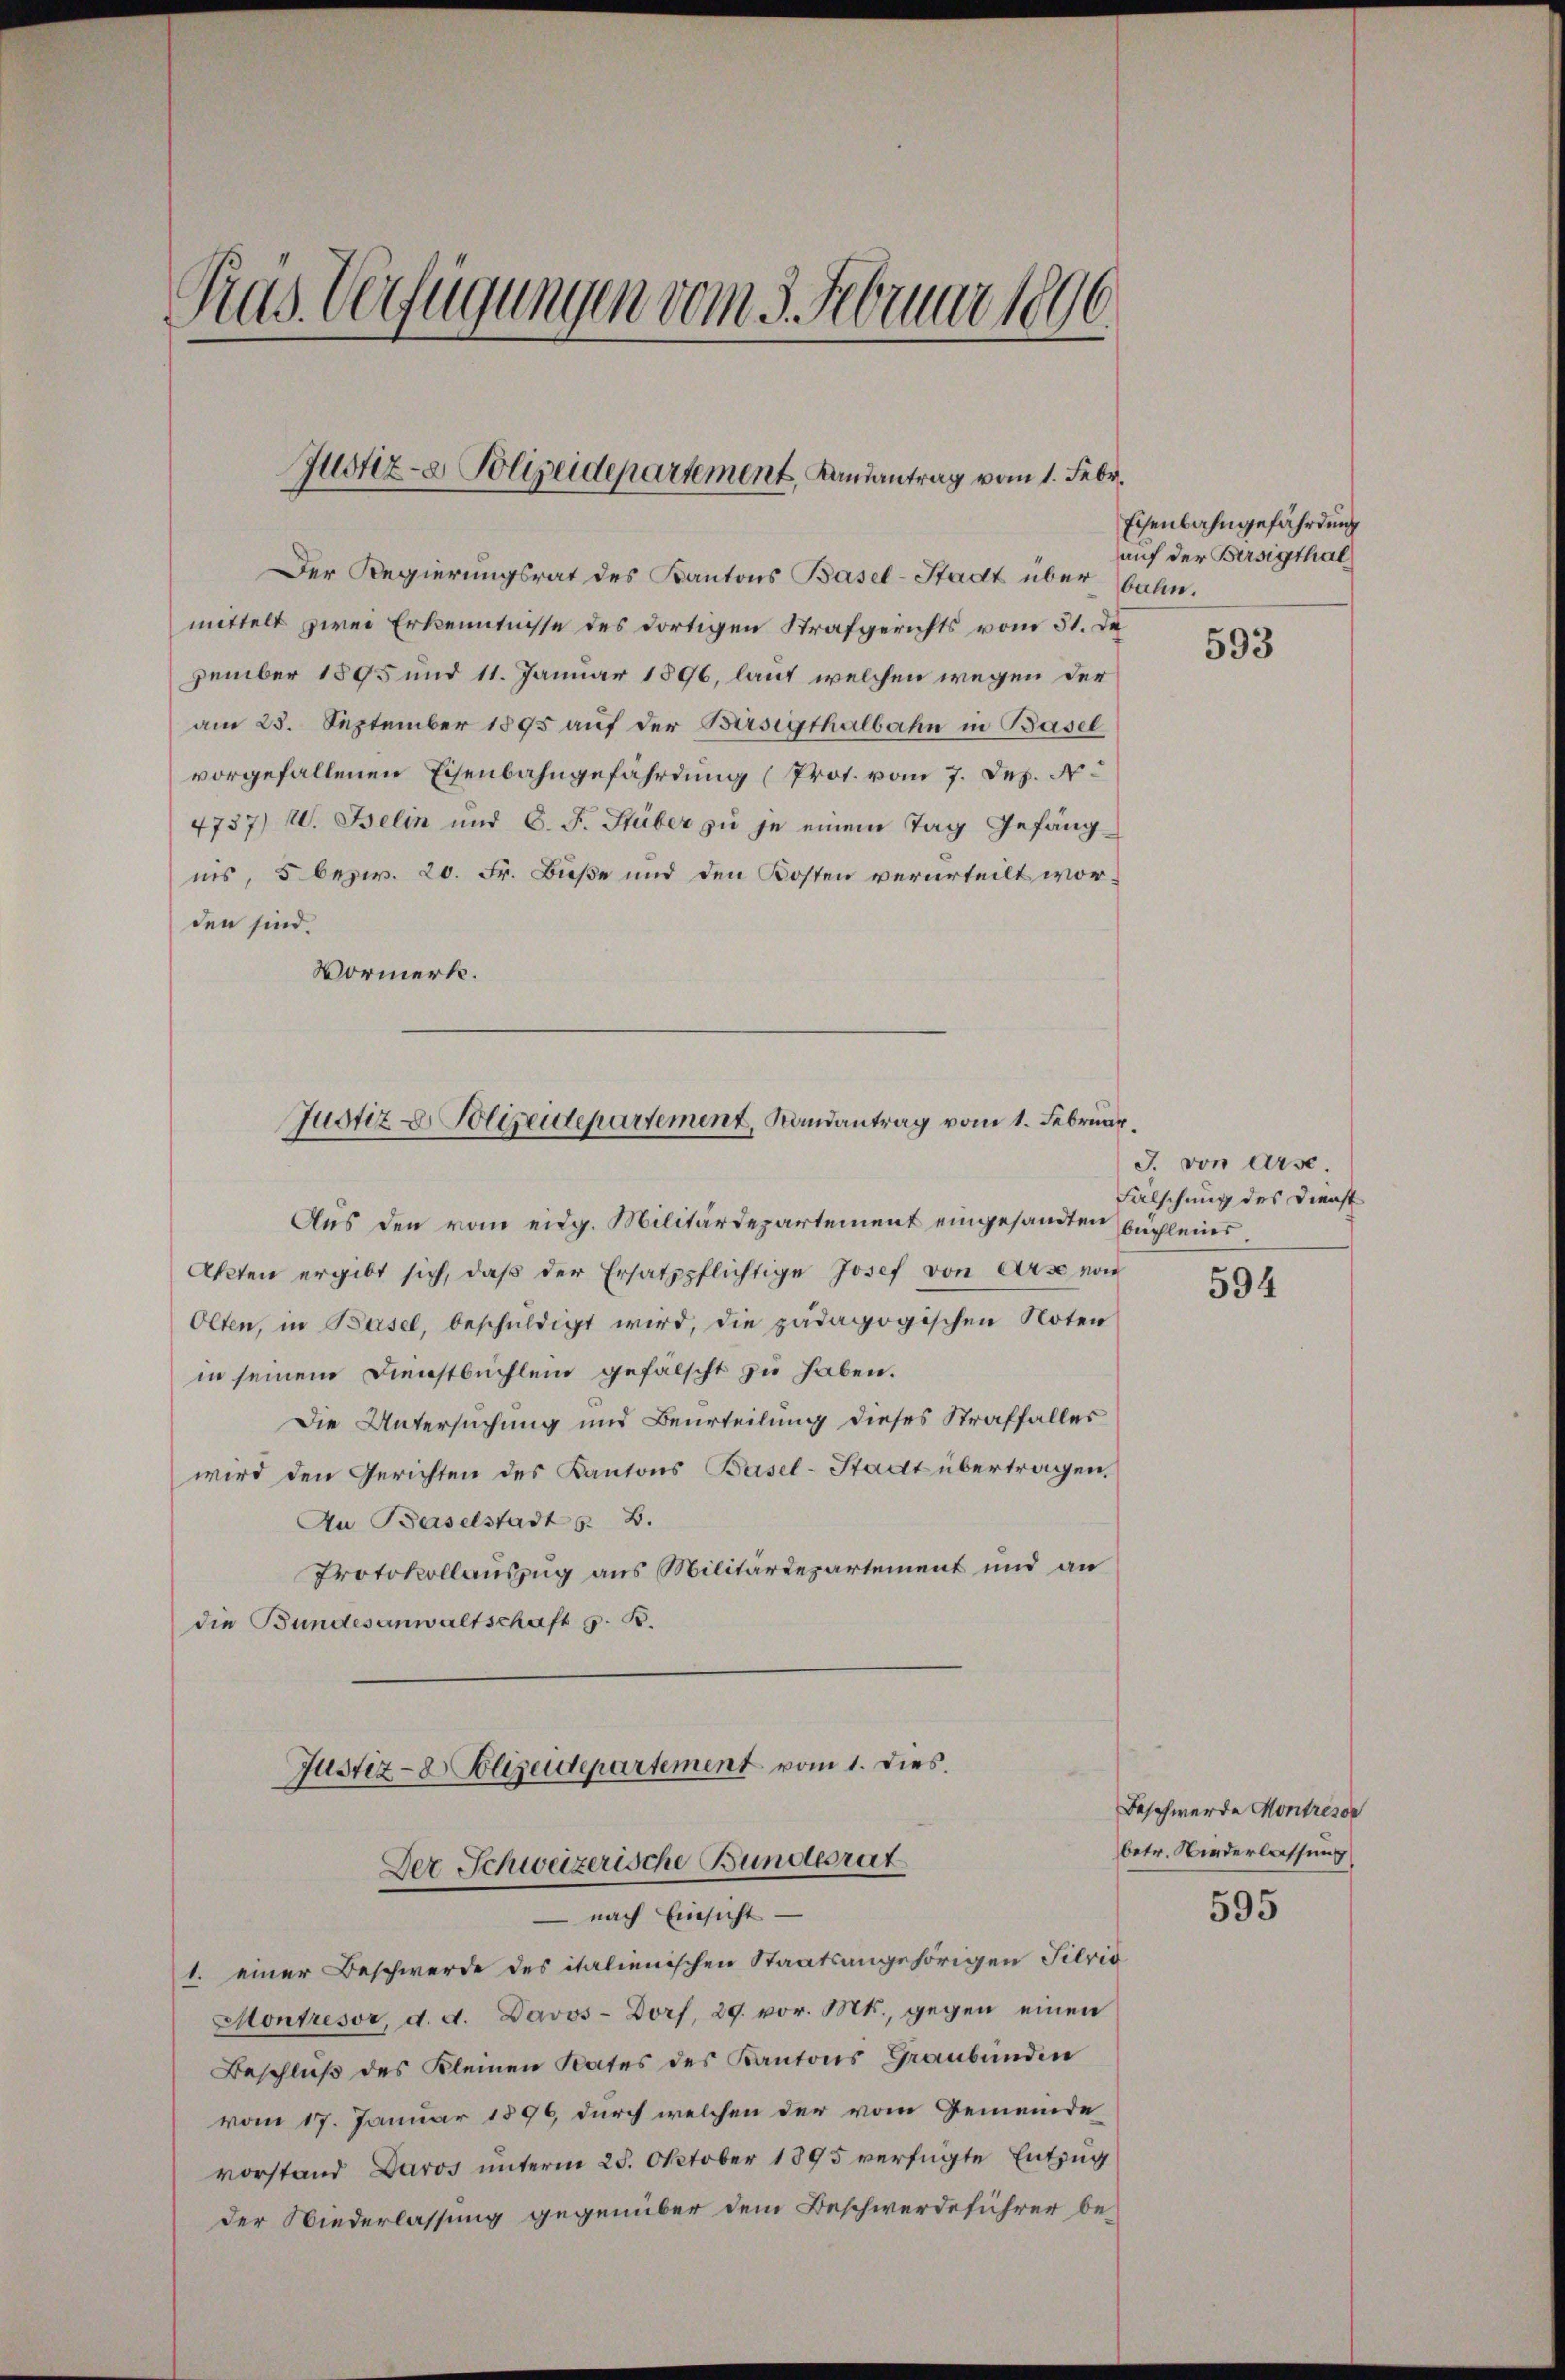
Pras Verfügungen vom 3. Februar 1896

Justiz- & Polizeidepartement, Landantrag vom 1. Febr.

Der Regierungsrat des Kantons Basel-Stadt über bahn.
mittelt zwei Erkenntnisse des dortigen Strafgerichts vom 31. De
zember 1895 und 11. Januar 1896, laut welchen wegen der
am 23. September 1895 auf der Birsigthalbahn in Basel
vorgefallenen Eisenbahngefährdung (Prot. vom 7. Dez. N
4737) W. Belin und C. F. Stuber zu je einem Tag Gefängins, 5 bezw. 20. Fr. Buße und den Kosten verurteilt worden sind.
Vormerk.

Justiz- & Polizeidepartement, Landantrag vom 1. Februar

Aus den vom eidg. Militärdepartement eingesandten Büchleins¬
Akten ergibt sich, daβ der Ersatzpflichtige Josef von Arse von
Olten, in Basel, beschuldigt wird, die pädagogischen Noten
in seinem Dienstbuchlein gefalscht zu haben.
Die Untersuchung und Beurteilung dieses Straffalles
wird den Gerichten des Kantons Basel-Stadt übertragen.
An Baselstadt z. B.
Protokollauszug aus Militärdepartement und an
die Bundesanwaltschaft z. B.
Justiz- & Polizeidepartement vom 1. dies
Der Schweizerische Bundesrat
 nach Einsicht
1. einer Beschwerde des italienischen Staatsangehörigen Silvis
Montrésor, d. d. Davos- Dorf, 29. vor. Mts., gegen einen
Beschluß des Kleinen Rates des Kantons Graubünden
vom 17. Januar 1896, durch welchen der vom Gemeinde
vorstand Daros unterm 25. Oktober 1895 verfügte Entzug
der Niederlassung gegenüber dem Beschwerdeführer be¬

Eisenbahngefährdung
auf der Bersigthal

593

J. von Arse.
Falschung des Dienst

594

Beschwerde Kontresor
betr. Wiederlassung

595